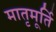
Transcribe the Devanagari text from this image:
मातृमूर्ति